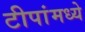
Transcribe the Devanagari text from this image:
टीपांमध्ये